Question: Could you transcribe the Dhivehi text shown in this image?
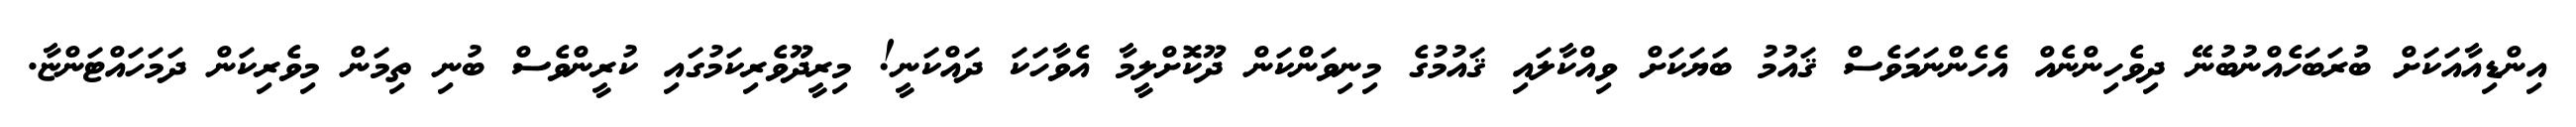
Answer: އިންޑިއާއަކަށް ބުރަބަހެއްނުބުނޭ ދިވެހިންނެއް އެހެންނަމަވެސް ޤައުމު ބަޔަކަށް ވިއްކާލައި ޤައުމުގެ މިނިވަންކަން ދޫކޮށްލީމާ އެވާހަކަ ދައްކަނީ! މިރީދޫވެރިކަމުގައި ކުރީންވެސް ބުނި ތިމަން މިވެރިކަން ދަމަހައްޓަންޏާ.